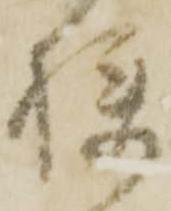
狭